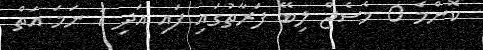
ކޮންމެ 0 މެސެޖް ލިބޭ ފަރާތުގައި ފައި އަދި 1 ނަމަ އަތް